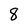
Character: 8